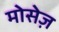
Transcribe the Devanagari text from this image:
मोसेज़